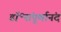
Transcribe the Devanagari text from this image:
डॉ॰संपूर्णानंद